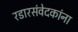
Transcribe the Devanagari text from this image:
रडारसंवेदकांना